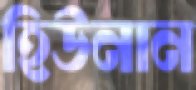
হিউনান